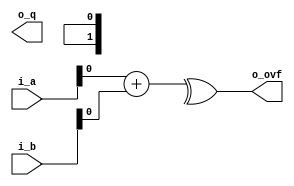
module adder(
	input    wire  signed [DATA_WIDTH-1:0]    i_a,
	input	   wire  signed [DATA_WIDTH-1:0]    i_b,
	output   wire  signed [DATA_WIDTH-1:0]    o_q,
   output   wire                             o_ovf
);

   parameter   DATA_WIDTH = 0;

   wire signed [DATA_WIDTH:0] q;

   assign q       = $signed(i_a) + $signed(i_b);   
   assign o_q     = {q[DATA_WIDTH],q[DATA_WIDTH-2:0]};
   assign o_ovf   = q[DATA_WIDTH] ^ q[DATA_WIDTH-1];

endmodule